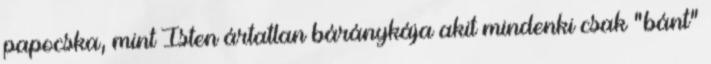
papocska, mint Isten ártatlan báránykája akit mindenki csak "bánt"